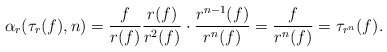
\begin{align*}\alpha_r(\tau_r(f),n) = \frac{f}{r(f)} \frac{r(f)}{r^2(f)} \cdot \frac{r^{n-1}(f)}{r^n(f)} = \frac{f}{r^n(f)} = \tau_{r^n}(f).\end{align*}